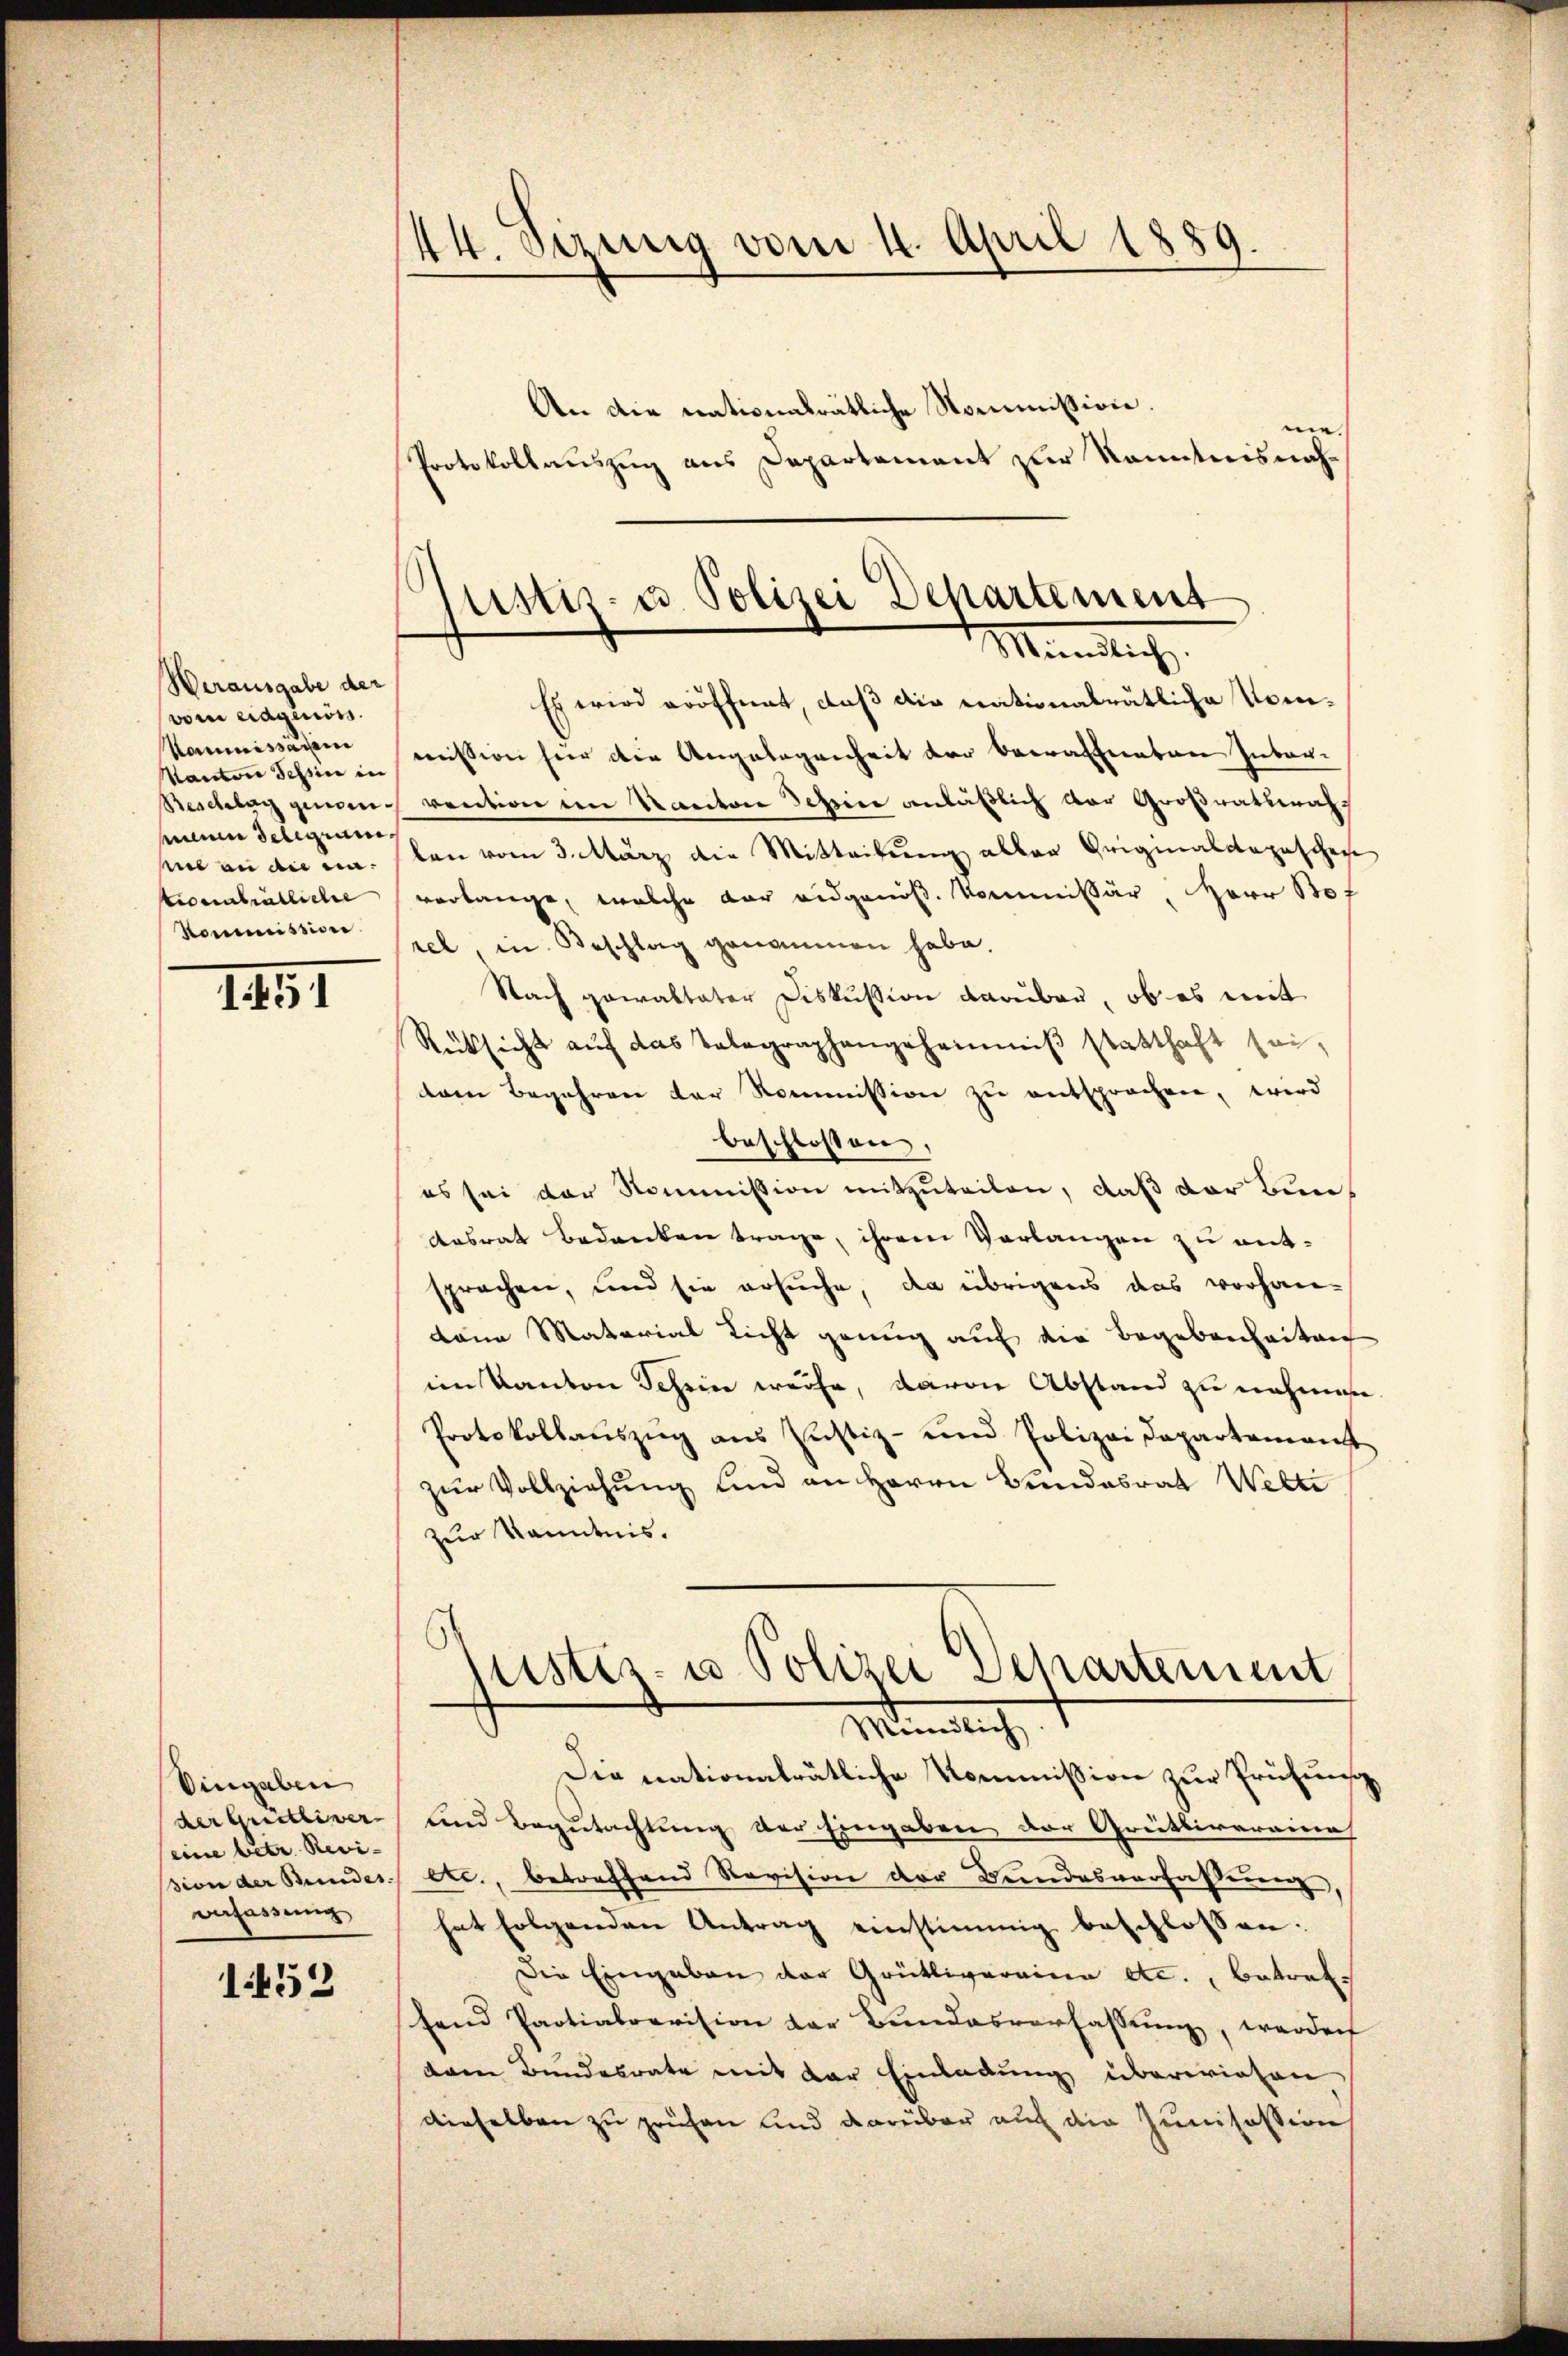
Werausgabe der
vom eidgenöss.
Kommissären
Kantone Tessin in
Beschlag genom-
hienen delegium
sin an die nationalrätliche
Kommission.

141

Eingaben
der Gretlever
eine betr. Revi-
Befassung

1452

44. Sizung vom 11. April 1889.

An die nationalrätliche Nommission.
ei |
Protokollauszug aus Departement zur Kenntnisnah¬
Es wird eröffnet, daß die nationalrätliche Kommission hier die Angelegenheit der Beratenten Inbar-
vention im Kanton Schreie anläßlich der Großratsmahlen vom 3. März die Mitteilung aller Originalcapaschen
verlange, welche dar eidgenös. Kommissär, Herr Bof
rel, in Beschlag genommen habe.
Nach gewaltater Diskussion darüber, ob es mit
Rücksicht aŭf das Telegraphengeheimniβ statthaft sei,
dem Begehren der Kommission zu entsprochen, wird
beschlossen,
es sei der Kommission mitzuteilen, daß der Bun¬
Aasrat Bedanken trage, ihrem Verlangen zu entsprochen, und sie ersuche, da übrigens das vorhankann Material Licht genug auf die Begebenheiten
im Kanton Schein weise, davon Abstand zu nahmen
Protokollaŭszŭg ans Justiz- und Polizei Departement
zŭr Vollziehŭng und an Herrn Bundesrat Welti
zur Kenntnis.
iustiz- u. Polizei Departement
Mündlich.
Die nationalrätliche Kommission zur Prüfung
und Begutachtung der Eingaben der Grütlivereina
sion der Bundes etc., betreffend Revision der Bundesverfassung,
hat folgenden Antrag einstimmig beschlossen:
Die Eingaben der Grütliveraina etc., betreffand Partialrevision der Bundesverfassung, werden
dem Bundesrate mit der Einladung überwiesen
dieselben zu prüfen und darüber auf die Junisession

justiz- u. Polizei Departement
Mündlich,